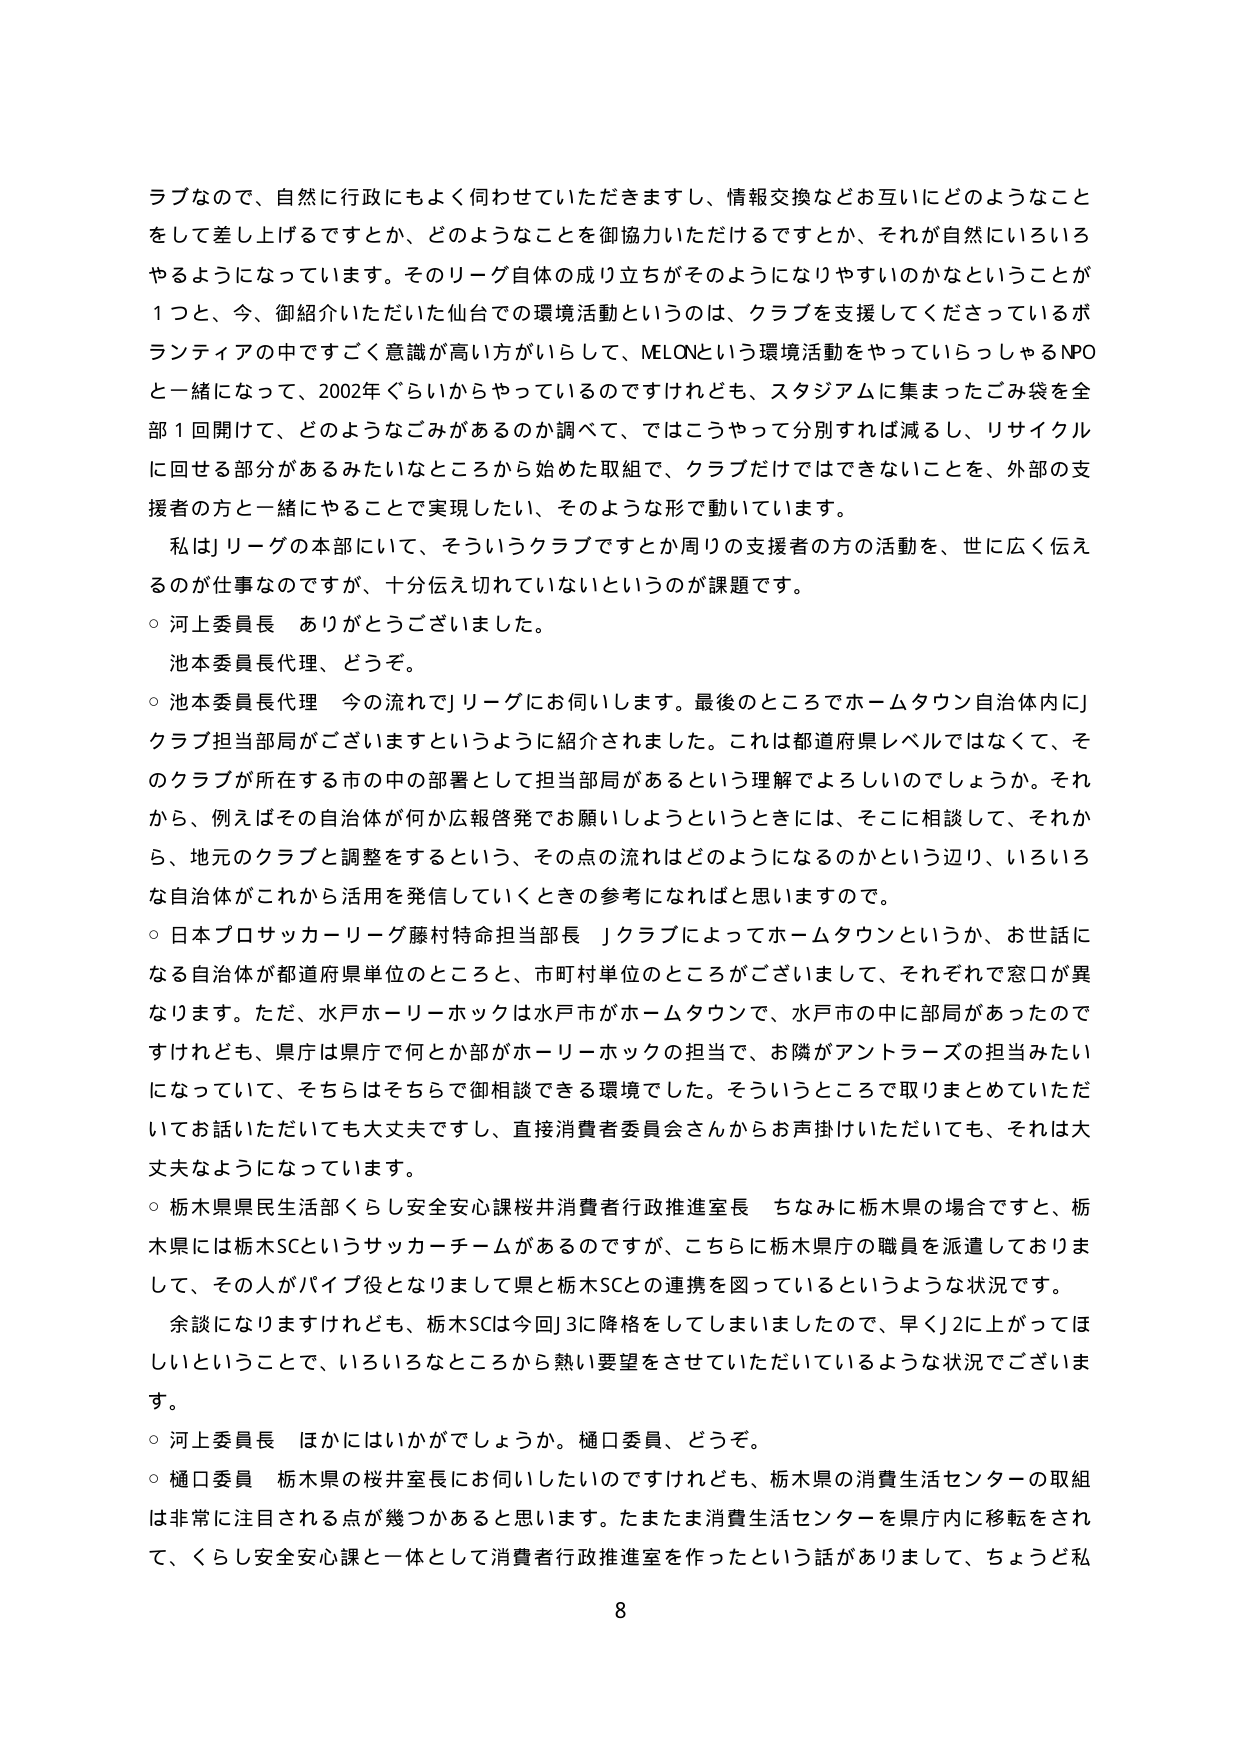
ラブなので、自然に行政にもよく何わせていただきますし、情報交換などお互いにどのようなことをして差し上げるですとか、どのようなことを御協力いただけるですとか、それが自然にいろいろやるようになっています。そのリーグ自体の成り立ちがそのようになりやすいのかなということが1つと、今、御紹介いただいた仙台での環境活動というのは、クラブを支援してくださっているボランティアの中ですごく意識が高い方がいらして、MELONという環境活動をやっていらっしゃるNPOと一緒になって、2002年ぐらいからやっているのですけれども、スタジアムに集まったごみ袋を全部1回開けて、どのようなごみがあるのか調べて、ではこうやって分別すれば減るし、リサイクルに回せる部分があるみたいなところから始めた取組で、クラブだけではできないことを、外部の支援者の方と一緒に行うことで実現したい、そのような形で動いています。

私はJリーグの本部にいて、そういうクラブですとか周りの支援者の方の活動を、世に広く伝えるのが仕事なのですが、十分伝え切れていないというのが課題です。

○ 河上委員長 ありがとうございました。

池本委員長代理、どうぞ。

○ 池本委員長代理 今の流れでJリーグにお伺いします。最後のところでホームタウン自治体内にJクラブ担当部局がございますというように紹介されました。これは都道府県レベルではなくて、そのクラブが所在する市の中の部署として担当部局があるという理解でよろしいでしょうか。それから、例えばその自治体が何か広報啓発でお願いしようというときには、そこに相談して、それから、地元のクラブと調整をするという、その点の流れはどのようになるのかという辺り、いろいろな自治体がこれから活用を発信していくときの参考になればと思いますので。

○ 日本プロサッカーリーグ藤村特命担当部長 Jクラブによってホームタウンというか、お世話になる自治体が都道府県単位のところと、市町村単位のところがございまして、それぞれで窓口が異なります。ただ、水戸ホーリーホックは水戸市がホームタウンで、水戸市の中に部局があったのですけれども、県庁は県庁で何とか部がホーリーホックの担当で、お隣がアントラーズの担当みたいになっていて、そちらはそちらで御相談できる環境でした。そういうところで取りまとめていただいてお話いただだいても大丈夫ですし、直接消費者委員会さんからお声掛けいただいても、それは大丈夫なようになっています。

○ 栃木県民生活部くらし安全安心課桜井消費者行政推進室長 ちなみに栃木県の場合ですと、栃木県には栃木SCというサッカーチームがあるのですが、こちらに栃木県庁の職員を派遣しておりまして、その人がパイプ役となりまして県と栃木SCとの連携を図っているというような状況です。

余談になりますけれども、栃木SCは今回J3に降格をしてしまいましたので、早くJ2に上がってほしいということで、いろいろなところから熱い要望をさせていただいているような状況でございます。

○ 河上委員長 ほかにはいかがでしょうか。樋口委員、どうぞ。

○ 樋口委員 栃木県の桜井室長にお伺いしたいのですけれども、栃木県の消費生活センターの取組は非常に注目される点が幾つかあると思います。たまたま消費生活センターを県庁内に移転をされて、くらし安全安心課と一体として消費者行政推進室を作ったという話がありまして、ちょうど私

8